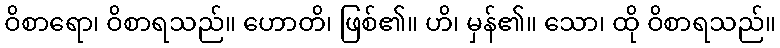
ဝိစာရော၊ ဝိစာရသည်။ ဟောတိ၊ ဖြစ်၏။ ဟိ၊ မှန်၏။ သော၊ ထို ဝိစာရသည်။